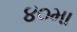
૪૦મા